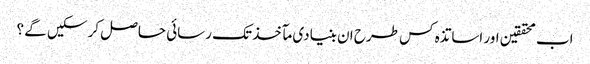
اب محققین اور اساتذہ کس طرح ان بنیادی مآخذ تک رسائی حاصل کر سکیں گے ؟